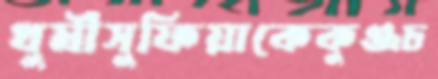
খুমীসুফিয়াকেকুঞ্জচ